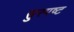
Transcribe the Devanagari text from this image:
सुस्‍पष्‍ट